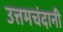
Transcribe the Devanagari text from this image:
उत्तमचंदानी